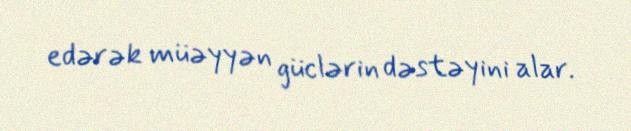
edərək müəyyən güclərin dəstəyini alar.